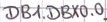
Text: DB1.DBX0.0